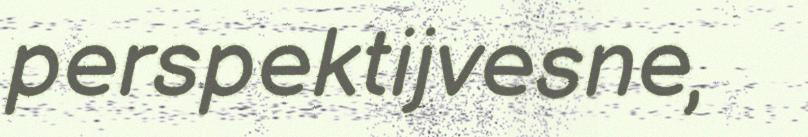
perspektijvesne,